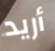
أريد